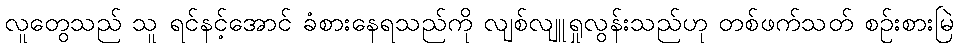
လူတွေသည် သူ ရင်နင့်အောင် ခံစားနေရသည်ကို လျစ်လျူရှုလွန်းသည်ဟု တစ်ဖက်သတ် စဉ်းစားမြဲ